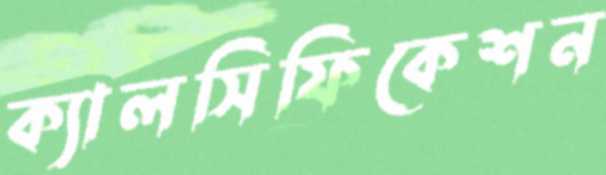
ক্যালসিফিকেশন